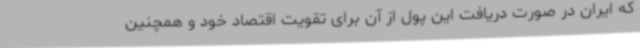
که ایران در صورت دریافت این پول از آن برای تقویت اقتصاد خود و همچنین